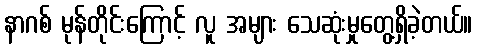
နာဂစ် မုန်တိုင်းကြောင့် လူ အများ သေဆုံးမှုတွေ့ရှိခဲ့တယ်။